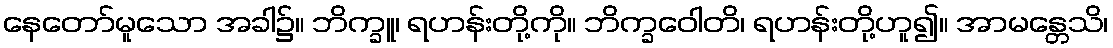
နေတော်မူသော အခါ၌။ ဘိက္ခူ၊ ရဟန်းတို့ကို။ ဘိက္ခဝေါတိ၊ ရဟန်းတို့ဟူ၍။ အာမန္တေသိ၊